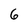
Character: 6